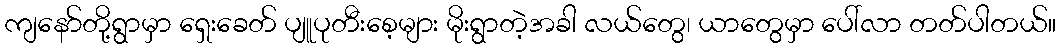
ကျနော်တို့ရွာမှာ ရှေးခေတ် ပျူပုတီးစေ့များ မိုးရွာတဲ့အခါ လယ်တွေ၊ ယာတွေမှာ ပေါ်လာ တတ်ပါတယ်။